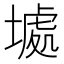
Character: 𱗮